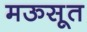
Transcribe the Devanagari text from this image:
मऊसूत